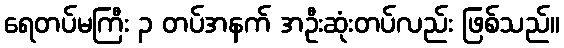
ရေတပ်မကြီး ၃ တပ်အနက် အဦးဆုံးတပ်လည်း ဖြစ်သည်။